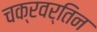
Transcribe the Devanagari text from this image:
चक्रवर्तिन